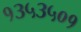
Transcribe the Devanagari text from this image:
१३५३५०१